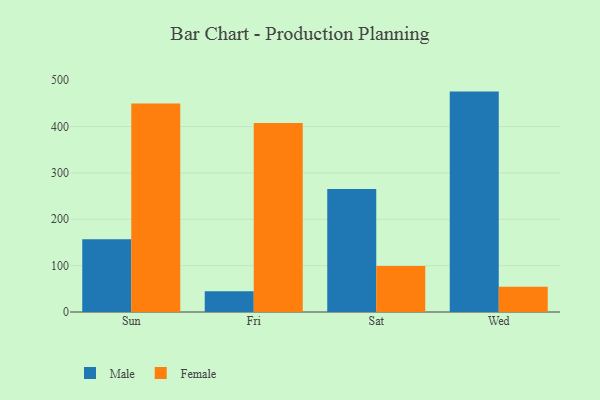
{"axis": {"x": "Day", "y": "Website Visitors"}, "legend": ["Female", "Male"], "data": [{"x": "Sun", "y": 157.0, "type": "Male"}, {"x": "Sun", "y": 449.6, "type": "Female"}, {"x": "Fri", "y": 44.9, "type": "Male"}, {"x": "Fri", "y": 407.5, "type": "Female"}, {"x": "Sat", "y": 265.5, "type": "Male"}, {"x": "Sat", "y": 99.2, "type": "Female"}, {"x": "Wed", "y": 475.4, "type": "Male"}, {"x": "Wed", "y": 54.3, "type": "Female"}]}